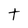
Character: t